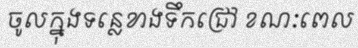
ចូលក្នុងទន្លេខាងទឹកជ្រៅ ខណៈពេល